Annual administration report of the Civil Veterinary Department of India - 1897-1898
Year: 1897
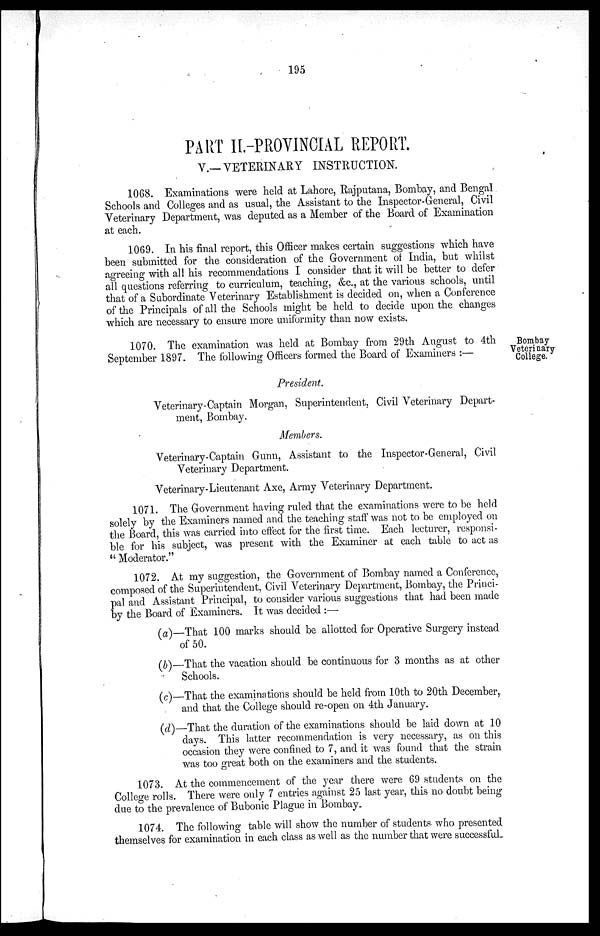
195
PART II.—PROVINCIAL REPORT.
V.—VETERINARY INSTRUCTION.
1068. Examinations were held at Lahore, Rajputana, Bombay, and Bengal
Schools and Colleges and as usual, the Assistant to the Inspector-General, Civil
Veterinary Department, was deputed as a Member of the Board of Examination
at each.
1069. In his final report, this Officer makes certain suggestions which have
been submitted for the consideration of the Government of India, but whilst
agreeing with all his recommendations I consider that it will be better to defer
all questions referring to curriculum, teaching, &c., at the various schools, until
that of a Subordinate Veterinary Establishment is decided on, when a Conference
of the Principals of all the Schools might be held to decide upon the changes
which are necessary to ensure more uniformity than now exists.
Bombay
Veterinary
College.
1070. The examination was held at Bombay from 29th August to 4th
September 1897. The following Officers formed the Board of Examiners:—
President.
Veterinary-Captain Morgan, Superintendent, Civil Veterinary Depart-
ment, Bombay.
Members.
Veterinary-Captain Gunn, Assistant to the Inspector-General, Civil
Veterinary Department.
Veterinary-Lieutenant Axe, Army Veterinary Department,
1071. The Government having ruled that the examinations were to be held
solely by the Examiners named and the teaching staff was not to be employed on
the Board, this was carried into effect for the first time. Each lecturer, responsi-
ble for his subject, was present with the Examiner at each table to act as
"Moderator."
1072. At my suggestion, the Government of Bombay named a Conference,
composed of the Superintendent, Civil Veterinary Department, Bombay, the Princi-
pal and Assistant Principal, to consider various suggestions that had been made
by the Board of Examiners. It was decided:—
(a)—That 100 marks should be allotted for Operative Surgery instead
of 50.
(b)—That the vacation should be continuous for 3 months as at other
Schools.
(c)—That the examinations should be held from 10th to 20th December,
and that the College should re-open on 4th January.
(d)—That the duration of the examinations should be laid down at 10
days. This latter recommendation is very necessary, as on this
occasion they were confined to 7, and it was found that the strain
was too great both on the examiners and the students.
1073. At the commencement of the year there were 69 students on the
College rolls. There were only 7 entries against 25 last year, this no doubt being
due to the prevalence of Bubonic Plague in Bombay.
1074. The following table will show the number of students- who presented
themselves for examination in each class as well as the number that were successful.